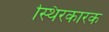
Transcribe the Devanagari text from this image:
स्थिरकारक